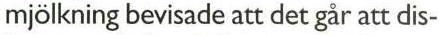
mjölkning bevisade att det går att dis-